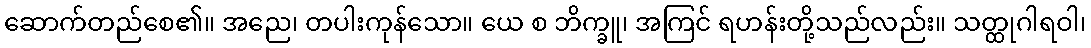
ဆောက်တည်စေ၏။ အညေ၊ တပါးကုန်သော။ ယေ စ ဘိက္ခူ၊ အကြင် ရဟန်းတို့သည်လည်း။ သတ္ထုဂါရဝါ၊